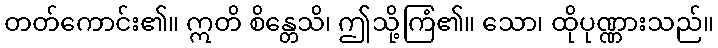
တတ်ကောင်း၏။ ဣတိ စိန္တေသိ၊ ဤသို့ကြံ၏။ သော၊ ထိုပုဏ္ဏားသည်။